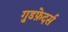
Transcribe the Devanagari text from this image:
गुडफ़ेदर्स